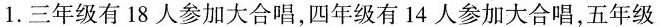
1.三年级有18人参加大合唱，四年级有14人参加大合唱，五年级